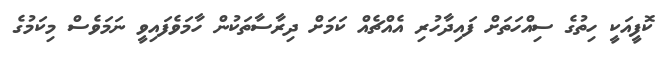
ކޮފީއަކީ ހިތުގެ ސިއްހަތަށް ފައިދާހުރި އެއްޗެއް ކަމަށް ދިރާސާތަކުން ހާމަވެފައިވީ ނަމަވެސް މިކަމުގެ